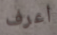
أعرف